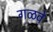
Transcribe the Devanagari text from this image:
गळवे